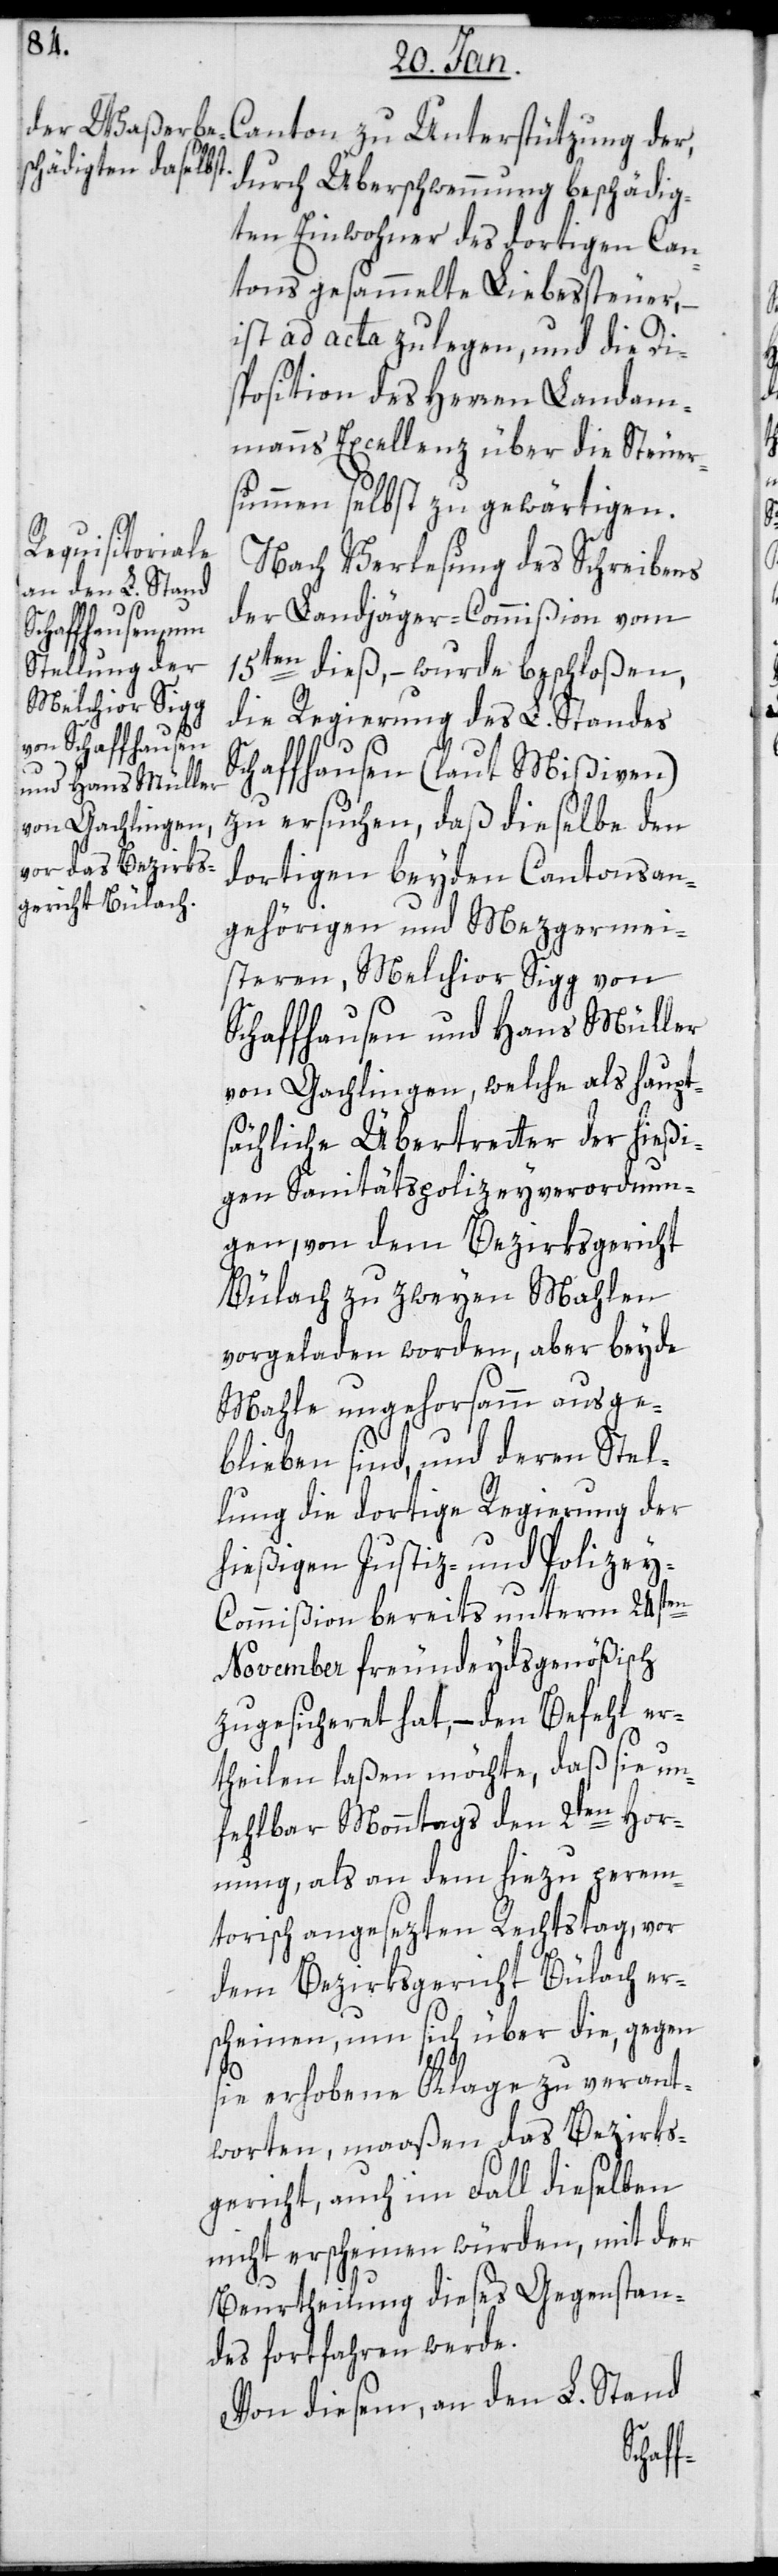
Canton zu Unterstützung der,
durch Überschwemmung berschädig¬
ten Einwohner des dortigen Can¬
tons gesammelte Liebessteuer, –
ist ad acta zu legen, und die Di¬
sposition des Herren Landam¬
manns Excellenz über die Steuer¬
summen selbst zu gewärtigen.
Nach Verlesung des Schreibens
der Landjäger-Commißion vom
15ten dieß, – wurde beschloßen,
die Regierung des L. Standes
Schaffhausen (laut Mißiven)
zu ersuchen, daß dieselbe den
dortigen beyden Cantonsan¬
gehörigen und Mezgermei¬
steren, Melchior Sigg von
Schaffhausen und Hans Müller
von Gachlingen, welche als haupt¬
sächliche Übertreter der hießi¬
gen Sanitätspolizeyverordnun¬
gen, von dem Bezirksgericht
Bülach zu zweyen Malen
vorgeladen worden, aber beyde
Male ungehorsamm ausge¬
blieben sind, und deren Stel¬
lung die dortige Regierung der
hießigen Justiz- und Polize¬
y-Commißion bereits unterm 24sten
November freundeidsgenößisch
zugesichert hat, – den Befehl er¬
theilen laßen möchte, daß sie un¬
fehlbar Montags den 2ten Hor¬
nung, als an dem hiezu perem¬
torisch angesetzten Rechtstag, vor
dem Bezirksgericht Bülach er¬
scheinen, um sich über die, gegen
sie erhobene Klage zu verant¬
worten, maaßen das Bezirks¬
gericht, auch im Fall dieselben
nicht erscheinen würden, mit der
Beurtheilung dieses Gegenstan¬
des fortfahren werde.
Von diesem, an den L. Stand